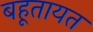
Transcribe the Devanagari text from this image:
बहूतायत